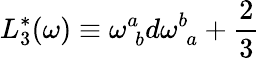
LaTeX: L_{3}^{*}(\omega)\equiv\omega_{\; b}^{a}d\omega_{\; a}^{b}+\frac{2}{3}